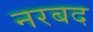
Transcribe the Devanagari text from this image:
नरबद